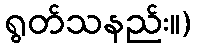
ရွတ်သနည်း။)